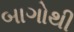
બાગોથી